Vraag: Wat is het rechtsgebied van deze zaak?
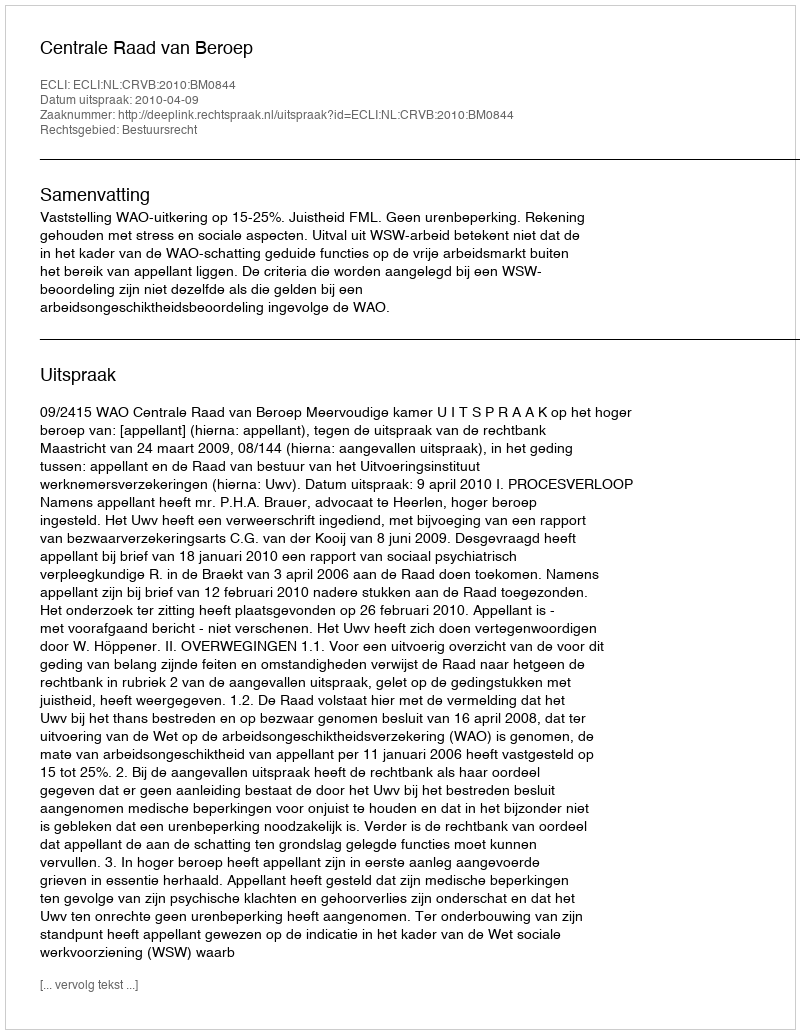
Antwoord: Bestuursrecht